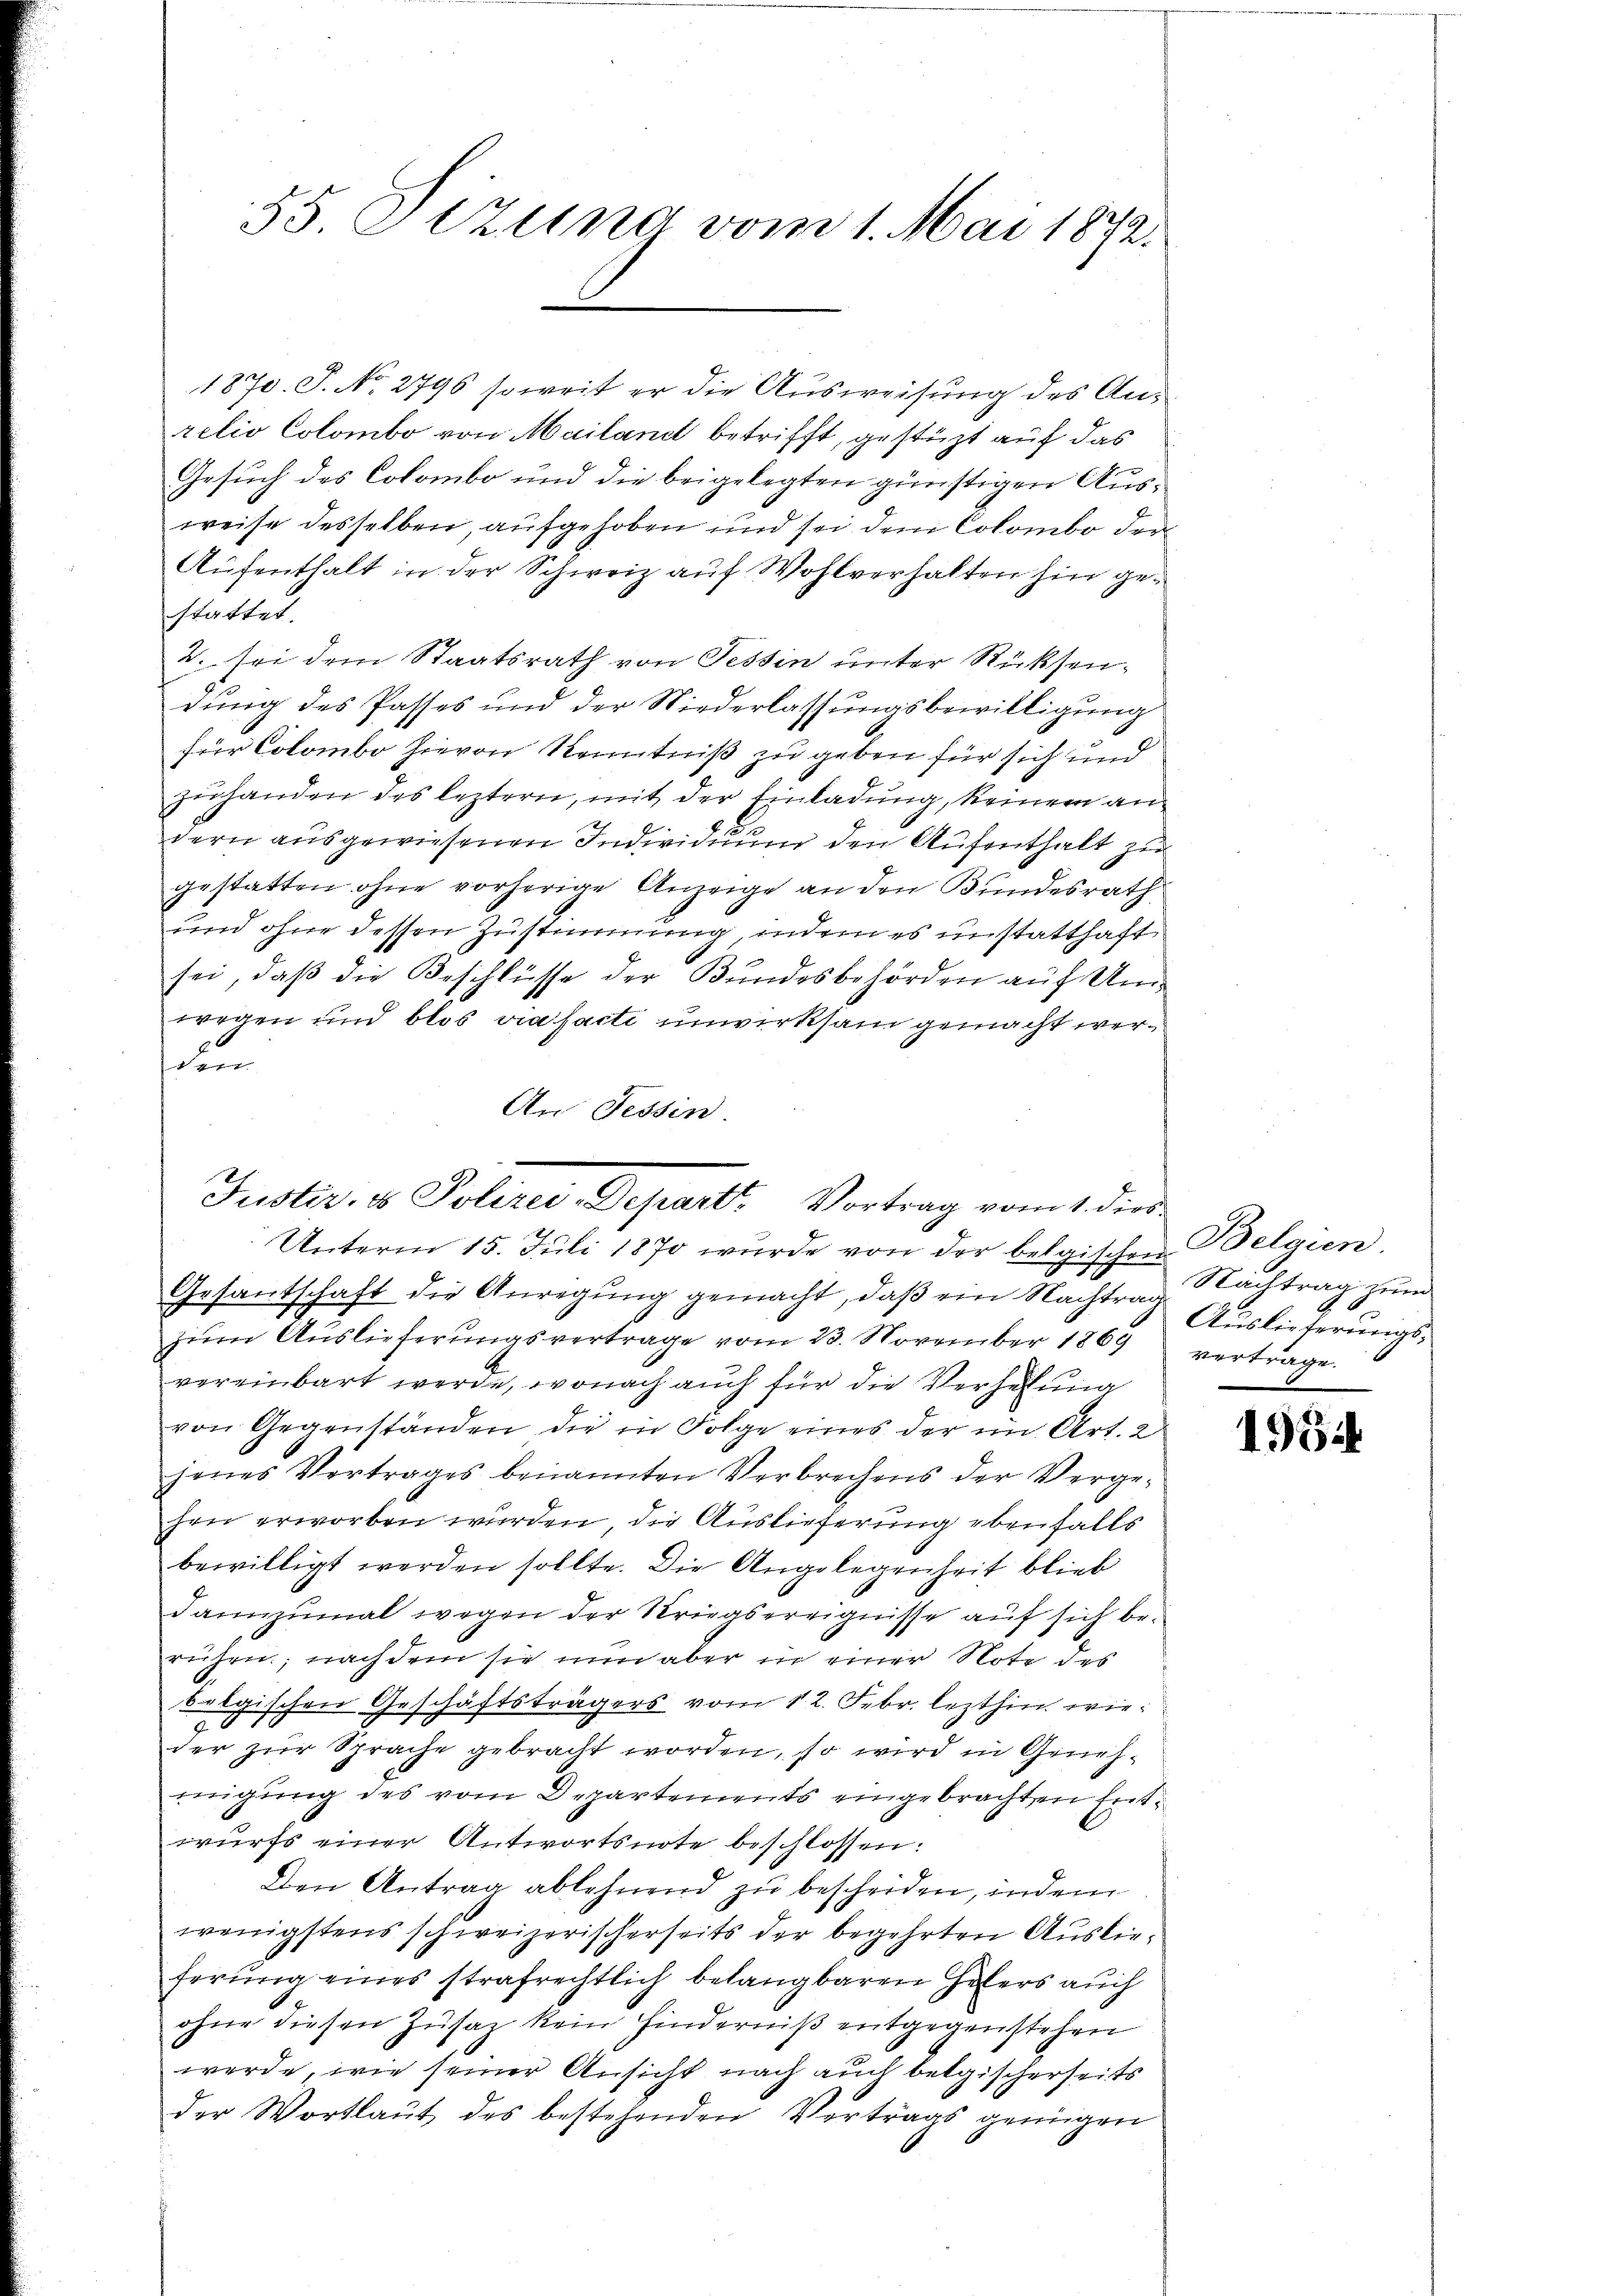
55 Sizung vom 1. Mai 1872.

1870. S. No. 2796 soweit er die Ausweisung des Anrelio Colombo von Mailand betrifft, gestützt auf das
Gesuch des Colombo und die beigelegten günstigen Ausweise desselben, aufgehoben und sei dem Colombo der
Aufenthalt in der Schweiz auf Wohlverhalten hin gestattet.
2. sei dem Staatsrath von Tessin unter Rücksendung des Passes und der Niederlassungsbewilligung
für Colombo Hievon Kenntniß zu geben für sich und
zuhanden des leztern, mit der Einladung, keinem andern ausgewiesenen Individuum den Aufenthalt zu
gestatten ohne vorherige Anzeige an den Bundesrath
und ohne dessen Zustimmung, indem es unstatthaft
sei, daß die Beschlüsse der Bundesbehörden auf Umwegen und blos viasacti unwirksam gemacht werden
An Tessin.

Justiz, v. Schine Departe Vertrag vom der

Unterm 15. Juli 1870 wurde von der belgischen Belgien,
Gesantschaft die Anregung gemacht, daß ein Nachtrag Nachtrag zum
zŭm Aŭslieferŭngsvertrage vom 23. November 1869 vertrage.
vereinbart werde, wonach auch für die Verhelung
von Gegenständen die in Folge eines der im Art. 2
jenes Vertrages benannten Verbrechens der Verge-
hen erworben wurden, die Auslieferung ebenfalls
bewilligt werden sollte. Die Angelegenheit blieb
dannzumal wegen der Kriegsereignisse auf sich beruhen, nach dem sie nun aber in einer Note des
belgischen Geschäftsträgers vom 12. Febr. lezthin wieder zur Sprache gebracht worden, so wird in Genehmigung des vom Departements eingebrachten Entwurfs einer Antwortsnote beschlossen:
Den Antrag ablehnend zu bescheiden, indem
wenigstens schweizerischerseits der begehrten Auslieferung eines strafrechtlich belangbaren Helers auch
ohne diesen Zusatz kein Hinderniß entgegenstehen
werde, wie seiner Ansicht nach auch belgischerseits
der Wortlaut des bestehenden Vertrags genügen

Auslieferungs¬

1964